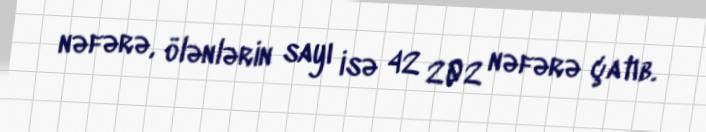
nəfərə, ölənlərin sayı isə 42 202 nəfərə çatıb.